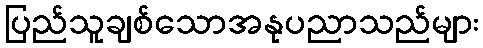
ပြည်သူချစ်သောအနုပညာသည်များ